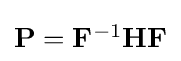
{\textstyle \mathbf {P} =\mathbf {F} ^{-1}\mathbf {H} \mathbf {F} }